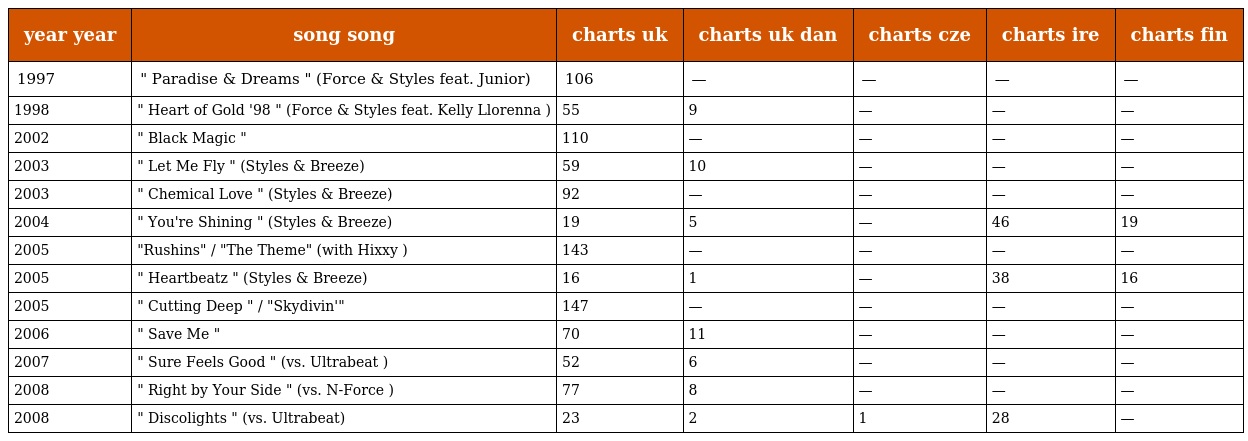
| year year | song song | charts uk | charts uk dan | charts cze | charts ire | charts fin |
 | --- | --- | --- | --- | --- | --- | --- |
 | 1997 | " Paradise & Dreams " (Force & Styles feat. Junior) | 106 | — | — | — | — |
 | 1998 | " Heart of Gold '98 " (Force & Styles feat. Kelly Llorenna ) | 55 | 9 | — | — | — |
 | 2002 | " Black Magic " | 110 | — | — | — | — |
 | 2003 | " Let Me Fly " (Styles & Breeze) | 59 | 10 | — | — | — |
 | 2003 | " Chemical Love " (Styles & Breeze) | 92 | — | — | — | — |
 | 2004 | " You're Shining " (Styles & Breeze) | 19 | 5 | — | 46 | 19 |
 | 2005 | "Rushins" / "The Theme" (with Hixxy ) | 143 | — | — | — | — |
 | 2005 | " Heartbeatz " (Styles & Breeze) | 16 | 1 | — | 38 | 16 |
 | 2005 | " Cutting Deep " / "Skydivin'" | 147 | — | — | — | — |
 | 2006 | " Save Me " | 70 | 11 | — | — | — |
 | 2007 | " Sure Feels Good " (vs. Ultrabeat ) | 52 | 6 | — | — | — |
 | 2008 | " Right by Your Side " (vs. N-Force ) | 77 | 8 | — | — | — |
 | 2008 | " Discolights " (vs. Ultrabeat) | 23 | 2 | 1 | 28 | — |